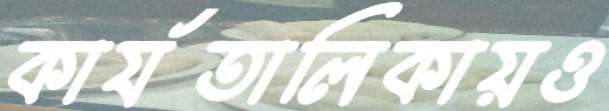
কার্যতালিকায়ও